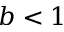
b < 1